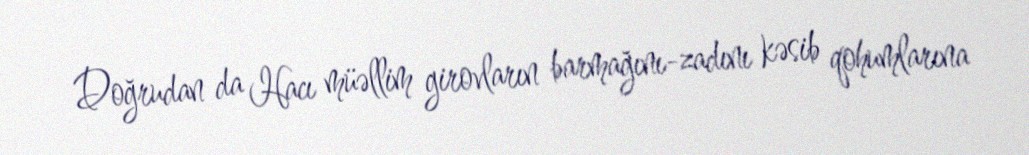
Doğrudan da Hacı müəllim girovların barmağını-zadını kəsib qohumlarına